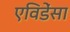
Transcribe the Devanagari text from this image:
एविडेंसा